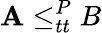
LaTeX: \mathbf{A}\leq_{tt}^{P}B